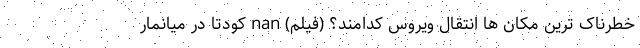
خطرناک ترین مکان ها انتقال ویروس کدامند؟ (فیلم) nan کودتا در میانمار